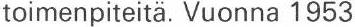
toimenpiteitä. Vuonna 1953